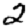
Digit: 2